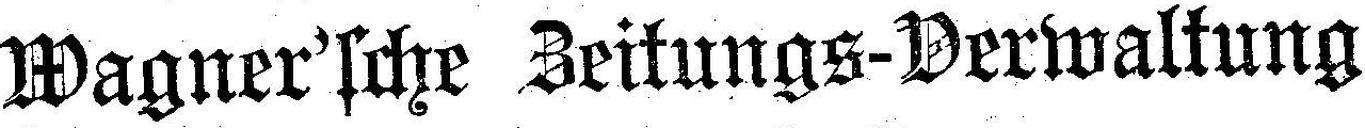
Wagner'sche Zeitungs-Verwaltung